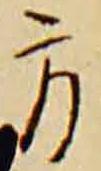
方